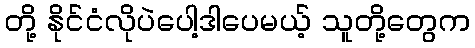
တို့ နိုင်ငံလိုပဲပေါ့ဒါပေမယ့် သူတို့တွေက